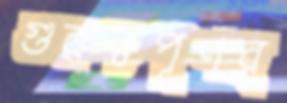
গুরুত্বপূণর্